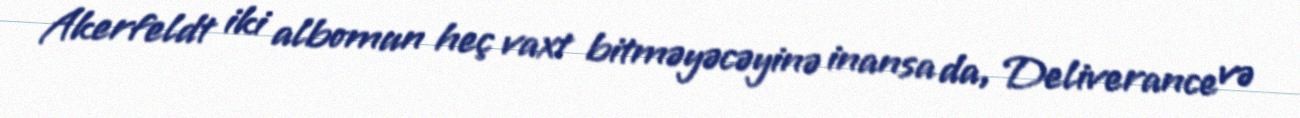
Akerfeldt iki albomun heç vaxt bitməyəcəyinə inansa da, Deliverance və